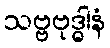
သဗ္ဗဗုဒ္ဓါနံ